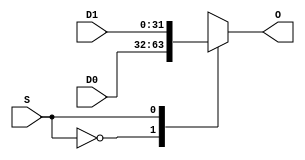
module Mux2_1(S,D0,D1,O);
input S;
input [31:0] D0,D1;
output reg [31:0] O;

always @(*)
	case(S)
	0: O=D0;
	1: O=D1;
	endcase
	
endmodule